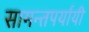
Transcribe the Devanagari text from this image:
सामन्तपर्यायी